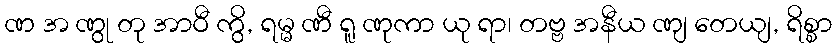
ဏ အ ဏွု တု အာဝီ ကွိ, ရမ္မ ဏီ ရူ ဏုကာ ယု ရာ၊ တဗ္ဗ အနီယ ဏျ တေယျ, ရိစ္စာ